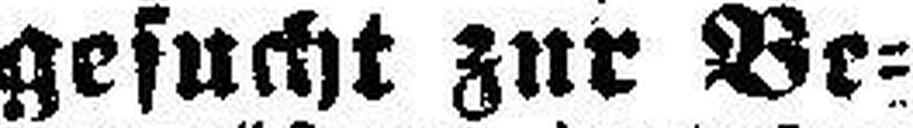
Compagnon gesucht zur Be¬